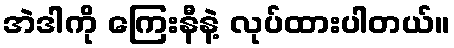
အဲဒါကို ကြေးနီနဲ့ လုပ်ထားပါတယ်။